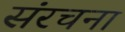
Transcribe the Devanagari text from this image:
संंरचना